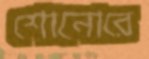
শোনোরে